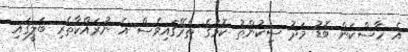
އެ ހާސްކަން ބޮޑު މަދު ސިކުންތު ކޮޅުގެ ތެރޭގައިވެސް އެ ނުރައްކާތެރި ބަލީގައި